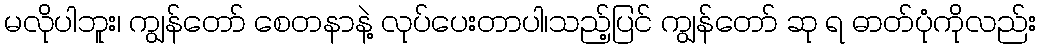
မလိုပါဘူး၊ ကျွန်တော် စေတနာနဲ့ လုပ်ပေးတာပါ၊သည့်ပြင် ကျွန်တော် ဆု ရ ဓာတ်ပုံကိုလည်း